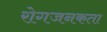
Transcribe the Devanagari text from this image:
रोगजनकता